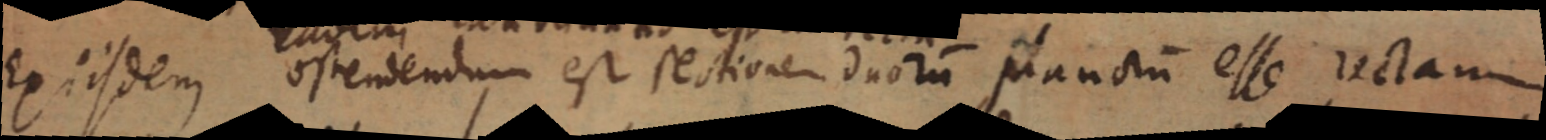
Ex iisdem ostendendum est sectionem duorum planctum esse rectam